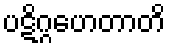
ပဋိဂ္ဂဟေတာတိ